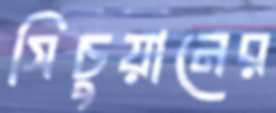
সিচুয়ানের